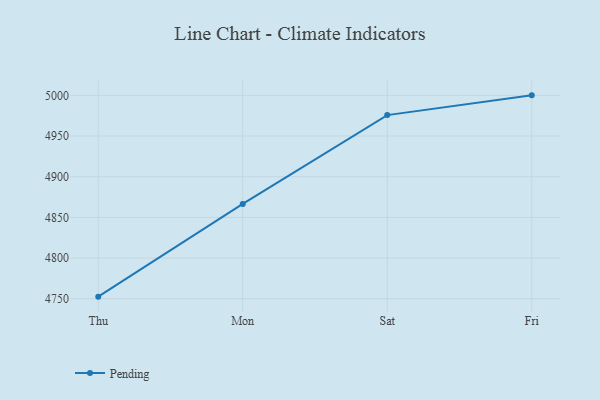
{"axis": {"x": "Day", "y": "Bounce Rate (%)"}, "legend": ["Pending"], "data": [{"x": "Thu", "y": 4752.6, "type": "Pending"}, {"x": "Mon", "y": 4866.6, "type": "Pending"}, {"x": "Sat", "y": 4975.7, "type": "Pending"}, {"x": "Fri", "y": 5000, "type": "Pending"}]}